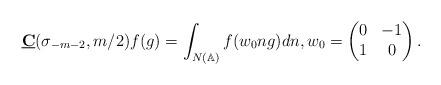
LaTeX: \begin{align*}\underline{\mathbf{C}}(\sigma_{-m-2},m/2)f(g)=\int_{N(\mathbb{A})}f(w_0ng)dn,w_0 = \begin{pmatrix} 0 & -1 \\ 1 & 0\end{pmatrix}.\end{align*}